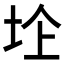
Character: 𱖛